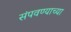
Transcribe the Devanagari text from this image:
संपवण्याच्या